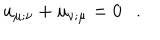
u _ { \mu ; \nu } + u _ { \nu ; \mu } = 0 .